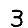
Digit: 3